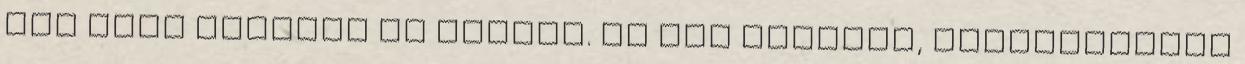
van ahol méretre is vágják. Az OSB lapokat, gipszkartont